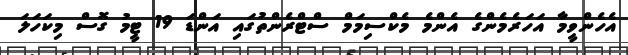
އެހެންވީމާ އަހަރެމެންގެ އެންމެ މެކްސިމަމް ސްޓްރެންތުގައި އަންޑަ 19 ޓީމު ގޮސް މިކަހަލަ